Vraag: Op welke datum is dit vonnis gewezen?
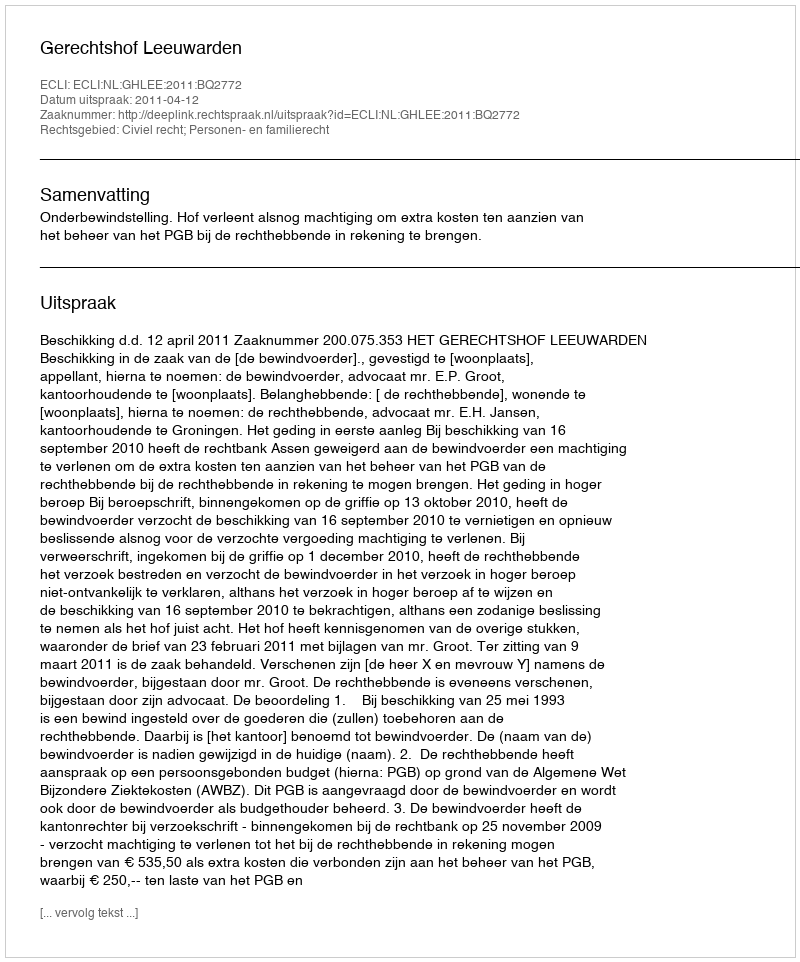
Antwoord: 2011-04-12